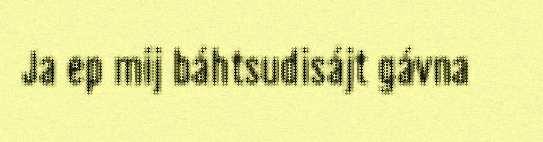
Ja ep mij báhtsudisájt gávna